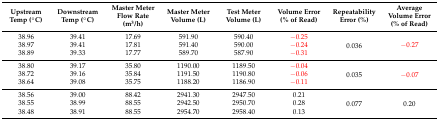
<table><thead><tr><td><b>Upstream Temp (°C)</b></td><td><b>Downstream Temp (°C)</b></td><td><b>Master Meter Flow Rate (m<sup>3</sup>/h)</b></td><td><b>Master Meter Volume (L)</b></td><td><b>Test Meter Volume (L)</b></td><td><b>Volume Error (% of Read)</b></td><td><b>Repeatability Error (%)</b></td><td><b>Average Volume Error (% of Read)</b></td></tr></thead><tbody><tr><td>38.96</td><td>39.41</td><td>17.69</td><td>591.90</td><td>590.40</td><td>−0.25</td><td rowspan="3">0.036</td><td rowspan="3">−0.27</td></tr><tr><td>38.97</td><td>39.41</td><td>17.81</td><td>591.40</td><td>590.00</td><td>−0.24</td></tr><tr><td>38.89</td><td>39.33</td><td>17.77</td><td>589.70</td><td>587.90</td><td>−0.31</td></tr><tr><td>38.80</td><td>39.17</td><td>35.80</td><td>1190.00</td><td>1189.50</td><td>−0.04</td><td rowspan="3">0.035</td><td rowspan="3">−0.07</td></tr><tr><td>38.72</td><td>39.16</td><td>35.84</td><td>1191.50</td><td>1190.80</td><td>−0.06</td></tr><tr><td>38.64</td><td>39.08</td><td>35.75</td><td>1188.20</td><td>1186.90</td><td>−0.11</td></tr><tr><td>38.56</td><td>39.00</td><td>88.42</td><td>2941.30</td><td>2947.50</td><td>0.21</td><td rowspan="3">0.077</td><td rowspan="3">0.20</td></tr><tr><td>38.55</td><td>38.99</td><td>88.55</td><td>2942.50</td><td>2950.70</td><td>0.28</td></tr><tr><td>38.48</td><td>38.91</td><td>88.55</td><td>2954.70</td><td>2958.40</td><td>0.13</td></tr></tbody></table>